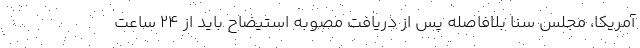
آمریکا، مجلس سنا بلافاصله پس از دریافت مصوبه استیضاح باید از ۲۴ ساعت